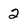
Character: 2